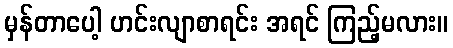
မှန်တာပေါ့ ဟင်းလျာစာရင်း အရင် ကြည့်မလား။